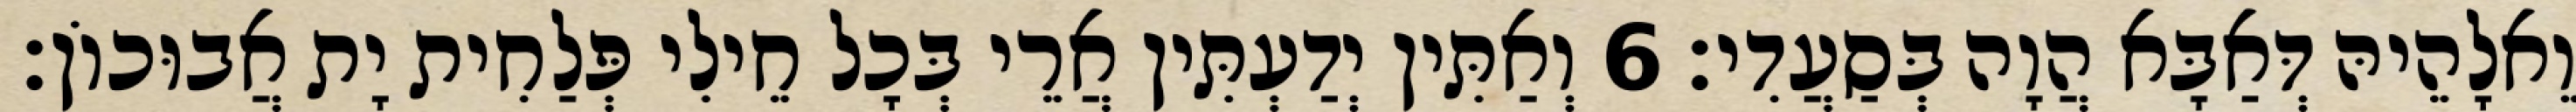
וֵאלָהֵיהּ דְּאַבָּא הֲוָה בְּסַעֲדִי׃ 6 וְאַתִּין יְדַעְתִּין אֲרֵי בְּכָל חֵילִי פְּלַחִית יָת אֲבוּכוֹן׃